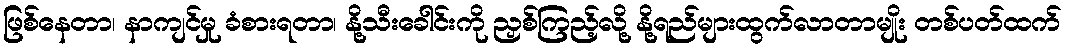
ဖြစ်နေတာ၊ နာကျင်မှု ခံစားရတာ၊ နို့သီးခေါင်းကို ညှစ်ကြည့်လို့ နို့ရည်များထွက်လာတာမျိုး တစ်ပတ်ထက်